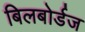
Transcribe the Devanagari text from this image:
बिलबोर्डज